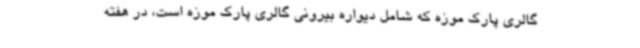
گالری پارک موزه که شامل دیواره بیرونی گالری پارک موزه است، در هفته